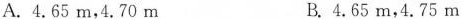
A.4.65m，4.70m B.4.65m，4.75m